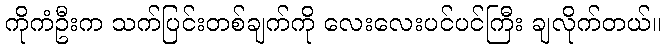
ကိုကံဦးက သက်ပြင်းတစ်ချက်ကို လေးလေးပင်ပင်ကြီး ချလိုက်တယ်။